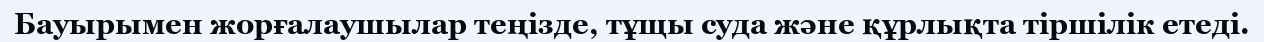
Бауырымен жорғалаушылар теңізде, тұщы суда және құрлықта тіршілік етеді.